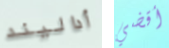
أداليند أقضي